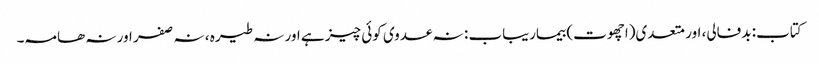
کتاب: بدفالی، اور متعدی(اچھوت) بیماریباب : نہ عدوی کوئی چیز ہے اور نہ طیرہ ، نہ صفر اور نہ ھامہ۔